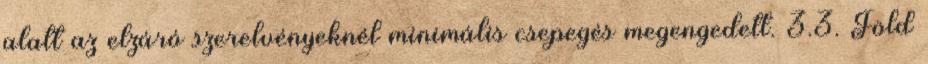
alatt az elzáró szerelvényeknél minimális csepegés megengedett. 3.3. Föld